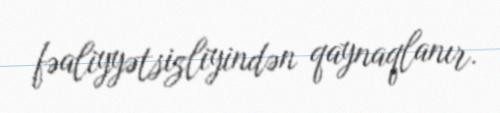
fəaliyyətsizliyindən qaynaqlanır.